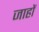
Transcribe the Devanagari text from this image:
जाहों